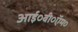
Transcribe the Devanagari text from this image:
आई०बी०ऍम०